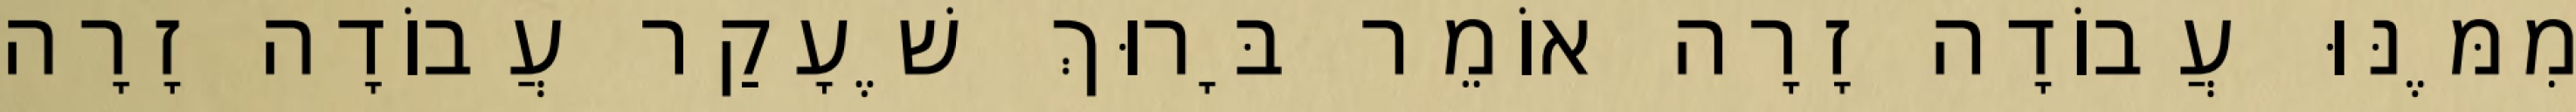
מִמֶּנּוּ עֲבוֹדָה זָרָה אוֹמֵר בָּרוּךְ שֶׁעָקַר עֲבוֹדָה זָרָה